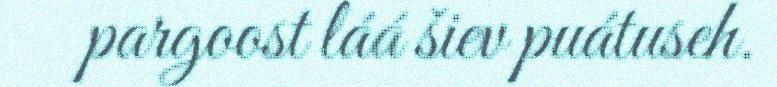
pargoost láá šiev puátuseh.